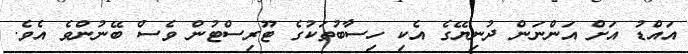
އައްޑު އަށް އަންނަން ދުނިޔޭގެ އެކި ހިސާބުތަކުގެ ޓޫރިސްޓުން ވެސް ބޭނުންވެ އެވެ.